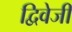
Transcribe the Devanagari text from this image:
द्विवेजी